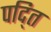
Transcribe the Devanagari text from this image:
पद्ति